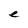
Character: e